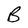
Character: B